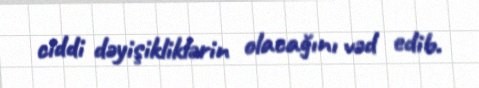
ciddi dəyişikliklərin olacağını vəd edib.